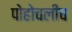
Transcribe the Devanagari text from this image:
पोहोचलीच